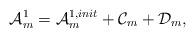
LaTeX: \begin{align*} \mathcal{A}^1_m = \mathcal{A}^{1,init}_m + \mathcal{C}_m + \mathcal{D}_m,\end{align*}